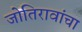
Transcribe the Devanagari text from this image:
जोतिरावांचा